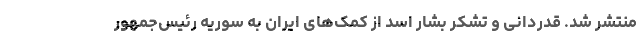
منتشر شد. قدردانی و تشکر بشار اسد از کمک‌های ایران به سوریه رئیس‌جمهور